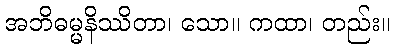
အဘိဓမ္မနိဿိတာ၊ သော။ ကထာ၊ တည်း။